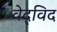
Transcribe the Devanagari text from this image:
वेद्‍विद